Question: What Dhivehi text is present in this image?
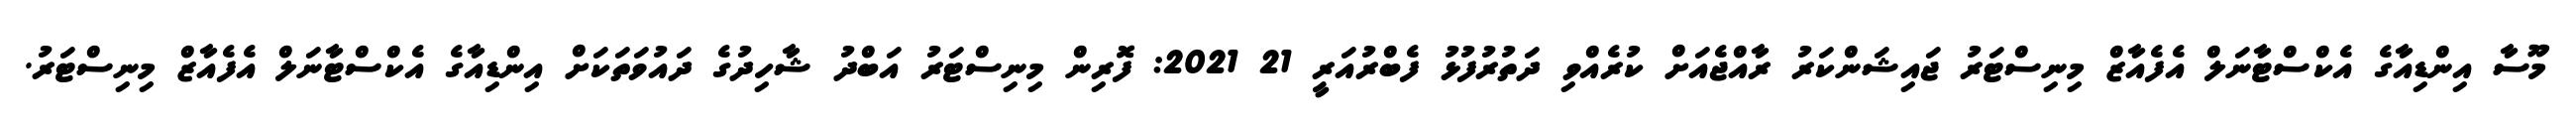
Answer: މޫސާ އިންޑިއާގެ އެކްސްޓާނަލް އެފެއާޒް މިނިސްޓަރު ޖައިޝަންކަރު ރާއްޖެއަށް ކުރެއްވި ދަތުރުފުޅު ފެބްރުއަރީ 21 2021: ފޮރިން މިނިސްޓަރު އަބްދު ޝާހިދުގެ ދައުވަތަކަށް އިންޑިއާގެ އެކްސްޓާނަލް އެފެއާޒް މިނިސްޓަރު.